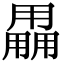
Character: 𤰌